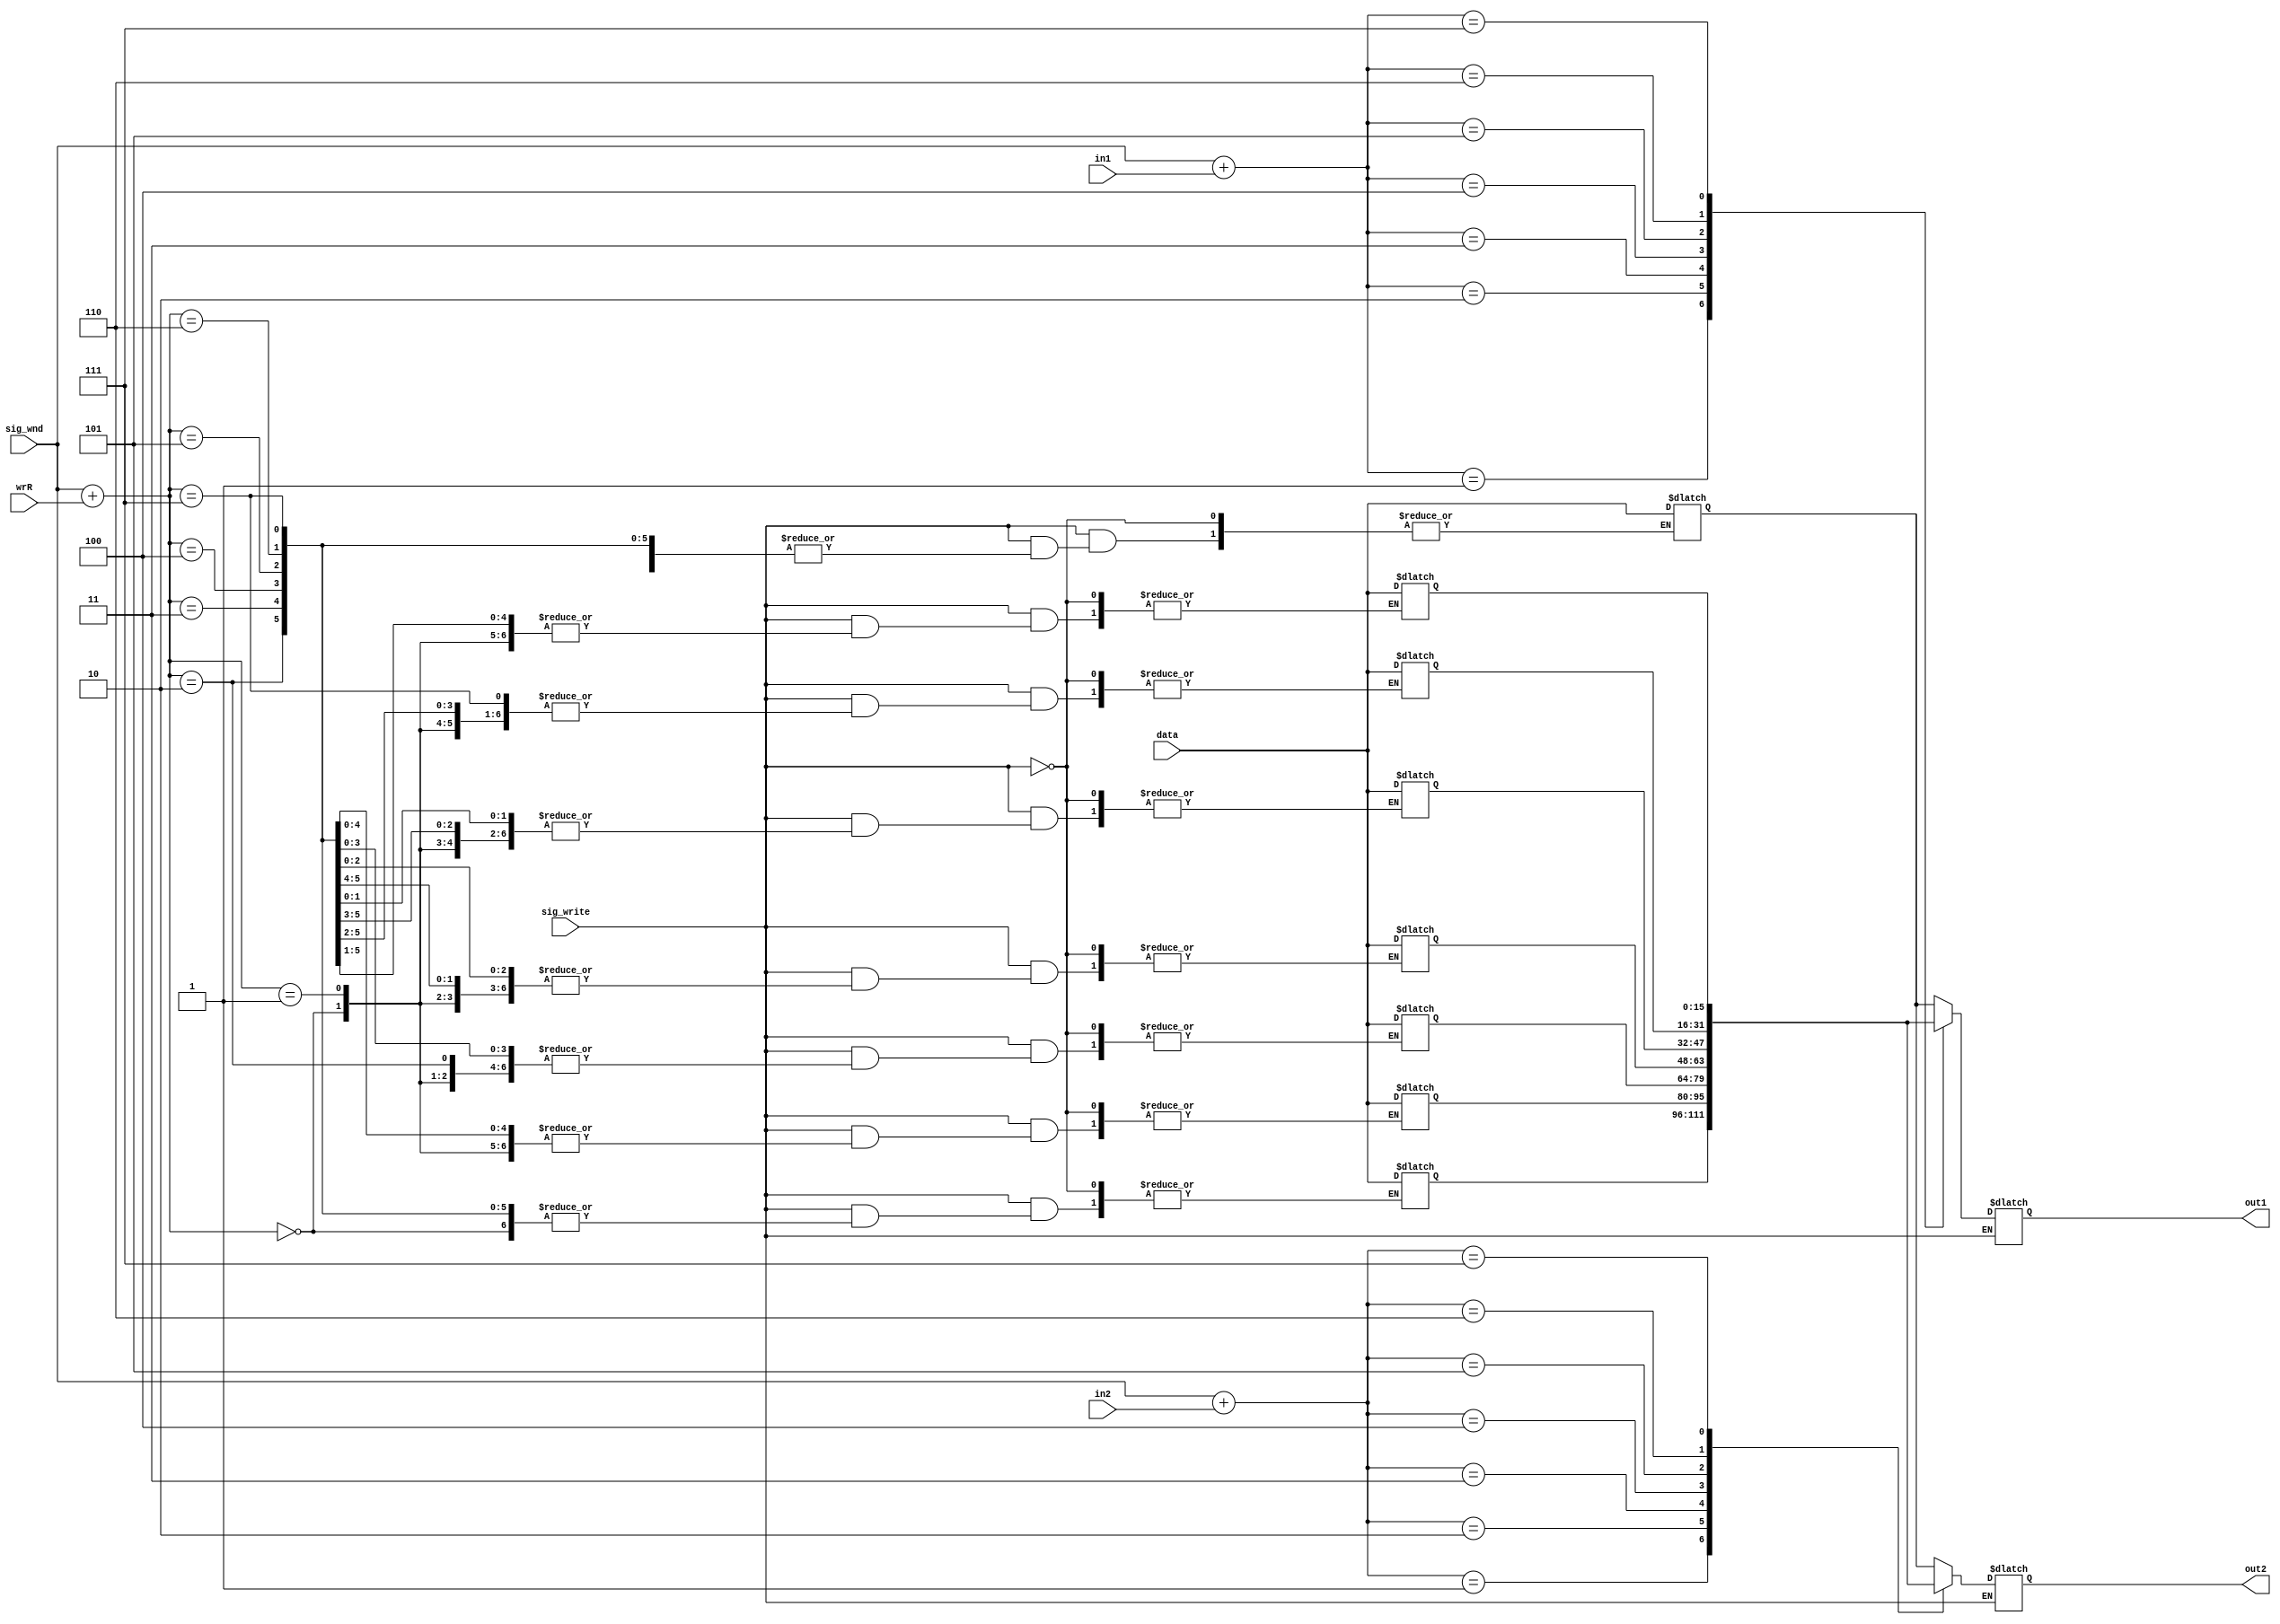
module RF(input [1:0] in1, in2, wrR, input [2:0] sig_wnd, 
                input [15:0] data, input sig_write,
                output reg [15:0] out1, out2);
 
 reg [15:0] mem [0:7];

 always @(sig_write, in1, in2, sig_wnd)
 begin
   if (sig_write)
     begin
       mem[ sig_wnd + {1'b0, wrR} ] = data;
     end
     else
       begin
         out1 = mem[sig_wnd + {1'b0 , in1}];
         out2 = mem[sig_wnd + {1'b0 , in2}];
       end
     end
endmodule